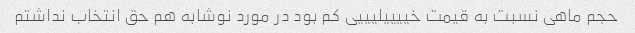
حجم ماهی نسبت به قیمت خییییلیییی کم بود در مورد نوشابه هم حق انتخاب نداشتم